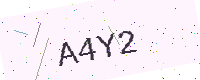
Text: A4Y2